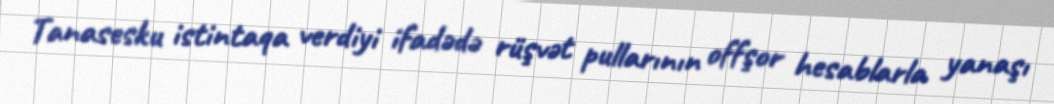
Tanasesku istintaqa verdiyi ifadədə rüşvət pullarının offşor hesablarla yanaşı